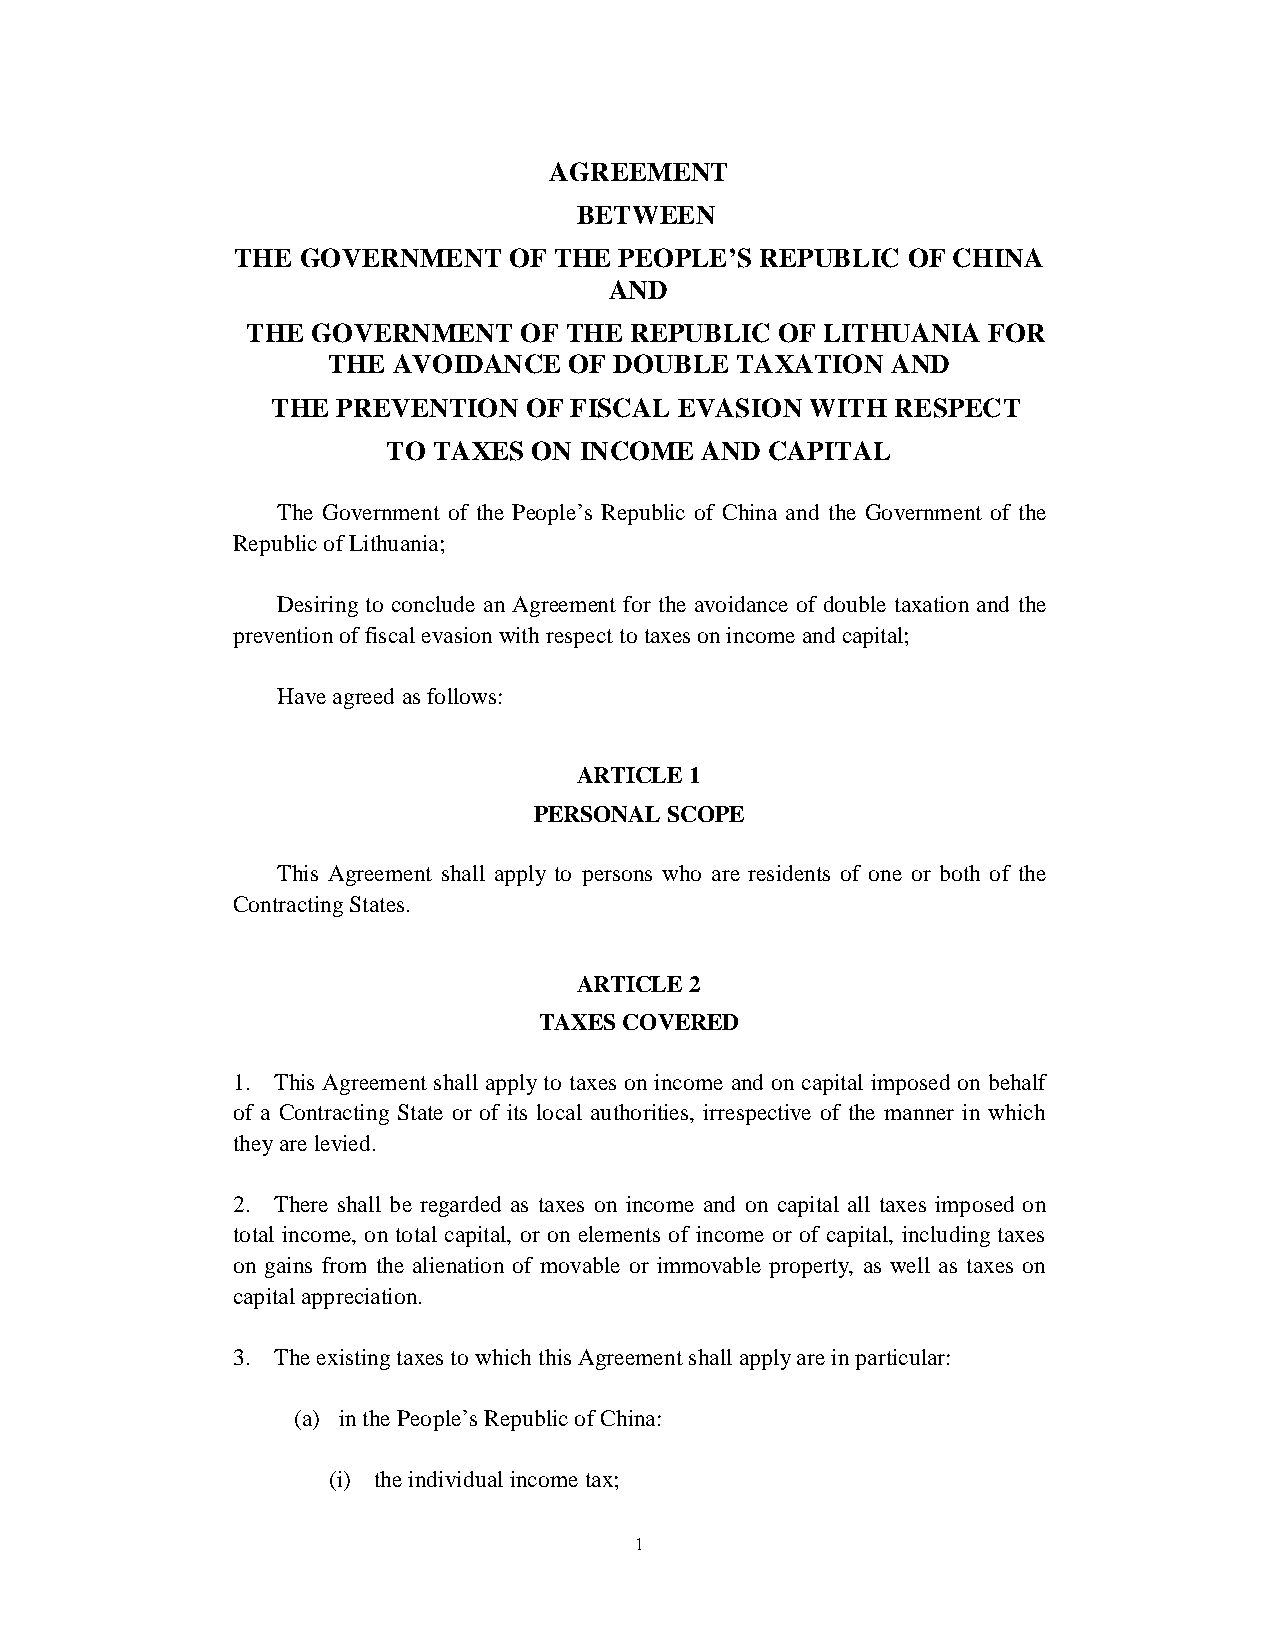
AGREEMENT
 BETWEEN
 THE  GOVERNMENT   OF THE  PEOPLE’S REPUBLIC  OF CHINA
 AND
 THE GOVERNMENT    OF THE REPUBLIC  OF LITHUANIA FOR
 THE AVOIDANCE  OF DOUBLE  TAXATION   AND
 THE  PREVENTION  OF FISCAL EVASION  WITH RESPECT
 TO TAXES ON INCOME  AND CAPITAL
 The Government of the People ’s Republic of China and the Government of the
 Republic of Lithuania;
 Desiring to conclude an Agreement for the avoidance of double taxation and the
 prevention of fiscal evasion with respect to taxes on income and capital;
 Have agreed as follows:
 ARTICLE 1
 PERSONAL SCOPE
 This Agreement shall apply to persons who are residents of one or both of the
 Contracting States.
 ARTICLE 2
 TAXES COVERED
 1. This Agreement shall apply to taxes on income and on capital imposed on behalf
 of a Contracting State or of its local authorities, irrespective of the manner in which
 they are levied.
 2. There shall be regarded as taxes on income and on capital all taxes imposed on
 total income, on total capital, or on elements of income or of capital, including taxes
 on gains from the alienation of movable or immovable property, as well as taxes on
 capital appreciation.
 3. The existing taxes to which this Agreement shall apply are in particular:
 (a) in the People ’s Republic of China:
 (i) the individual income tax;
 1